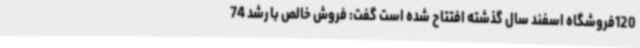
120فروشگاه اسفند سال گذشته افتتاح شده است گفت: فروش خالص با رشد 74